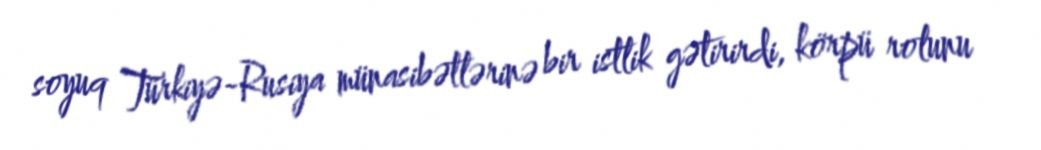
soyuq Türkiyə-Rusiya münasibətlərinə bir istlik gətirirdi, körpü rolunu